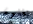
يغنون